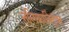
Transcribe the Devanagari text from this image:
नलिकाबिंदूंवर